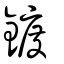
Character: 鍍